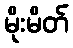
မိုးမိတ်